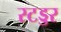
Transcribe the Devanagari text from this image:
स्टड्डर